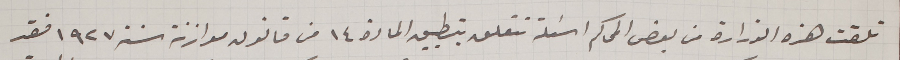
تلقت هذه الوزارة من بعض المحاكم اسئلة تتعلق بتطبيق المادة ١٤ من قانون موازنة سنة ١٩٢٧ فقد